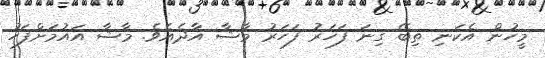
މީހުން އެކަނި ތިބޭ ގިނަ ފަހަރު ފަހަރު މާޝާ އާދެއެވެ. މާޝާ އައުމަށްފަހު